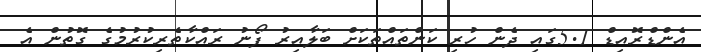
އެންޑްރޮއިޑް 5.1ގައި ދެން ހުރި ކަންތައްތަކަށް ބަލާއިރު ފޯނު ރައްކާތެރިކުރުމުގެ ގޮތުން އެ